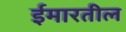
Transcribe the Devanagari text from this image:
ईमारतील